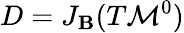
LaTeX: D=J_{\mathbf{B}}(T\mathcal{{M}}^{0})